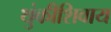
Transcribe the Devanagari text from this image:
थुंकीशिवाय